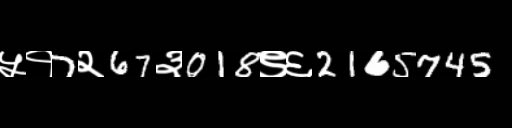
Text: ५१7२67३018९६2165745